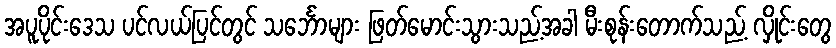
အပူပိုင်းဒေသ ပင်လယ်ပြင်တွင် သင်္ဘောများ ဖြတ်မောင်းသွားသည့်အခါ မီးစုန်းတောက်သည့် လှိုင်းတွေ